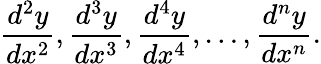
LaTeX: {\frac{d^{2}y}{dx^{2}}},{\frac{d^{3}y}{dx^{3}}},{\frac{d^{4}y}{dx^{4}}},\ldots,{\frac{d^{n}y}{dx^{n}}}.